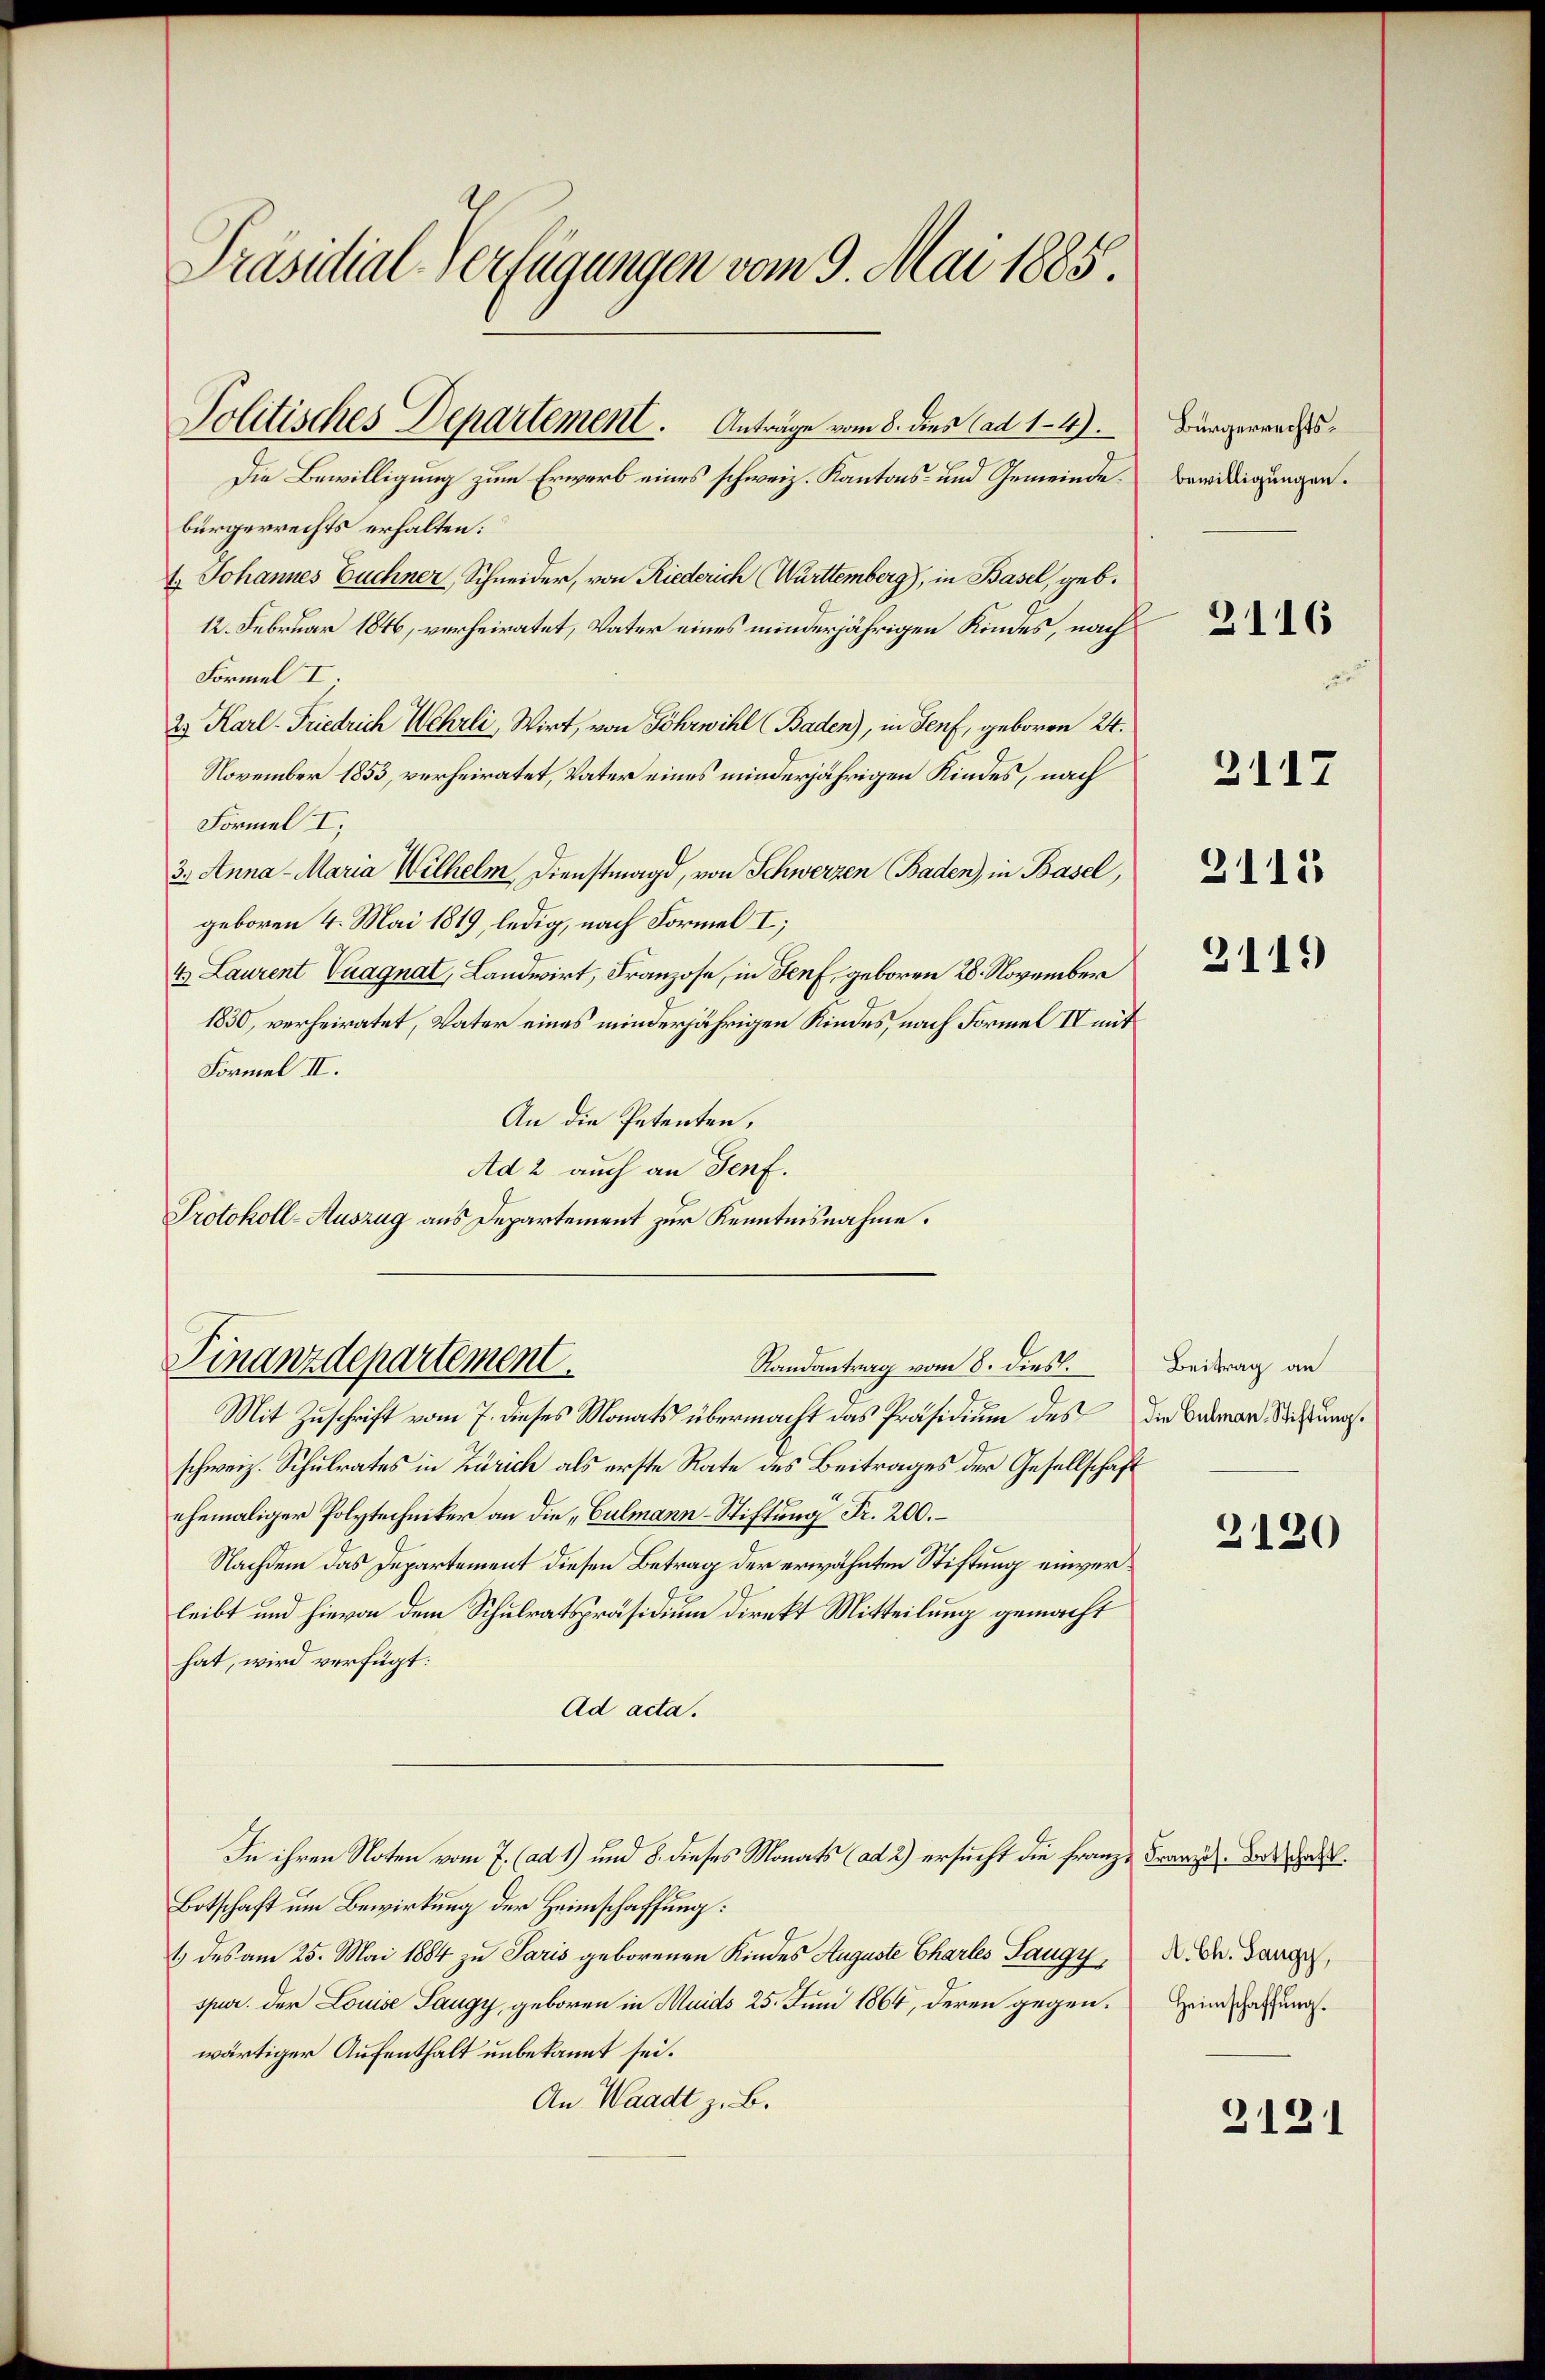
Präsidial-Verfügungen vom 9. Mai 1885.

bürgerrechts erhalten.
4.) Johannes Euchner, Schneider, von Riederich (Württemberg), in Basel, geb.
12. Februar 1846, verheiratet, Vater eines minderjährigen Kindes, nach
Formel I
25 Karl-Friedrich Wehrli, Wirt, von Sohrwihl (Baden), in Genf, geboren 24.
November 1853, verheiratet, Vater eines minderjährigen Kindes, nach
Formel I.
3. Anna - Maria Wilhelm Dienstmagd, von Schwerzen Baden), in Basel,
geboren 4. Mai 1819, ledig, nach Formel I;
4. Laurent Vuagnat, Landwirt, Franzose, in Senf, geboren 28. November
1830, verheiratet, Vater eines minderjährigen Kindes, nach Formel IV mit
Formel II.
An die Petenten,
Ad 2 auch an Genf.
Protokoll-Auszug aus Departement zur Kenntnisnahme.

Politisches Departement. Anträge vom 8. des Cad 1-4).
Die Bewilligung zum Erwerb eines schweiz. Kantons- und Gemeinde¬

Finanzdepartement.
Randantrag vom 8. dies.

Mit Zuschrift vom 7. dieses Monats übermacht das Präsidium des die Caaman, Stiftung.
schweiz. Schulrates in Zürich als erste Rate des Beitrages der Gesellschaft
ehemaliger Polytechniker an die „Culmann-Stiftung Fr. 200.
Nachdem das Departement diesen Betrag der erwähnten Stiftung einverleibt und hievon dem Schulratspräsidium direkt Mitteilung gemacht
hat, wird verfügt:
Ad acta.
In ihren Noten vom 7. (ad 1) und 8. dieses Monats (ad 2) ersucht die Franze Französ. Vorschaft.
Botschaft um Bewirkung der Heimschaffung:
1.) des am 25. Mai 1884 zu Paris geborenen Kindes Auguste Chartes Saugy, R. Dr. Dang,
spur. Der Louise Saugy, geboren in Muids 25. Juni 1864, deren gegenwärtiger Aufenthalt unbekannt sei.
An Waadt z. B.

Bürgerrechtsbewilligungen.

2116

2117

3113

3119

Beitrag an

3120

Heimschaffung.

2121